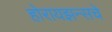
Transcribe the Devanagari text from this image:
होरायझन्सचे